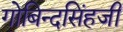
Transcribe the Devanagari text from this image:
गोबिन्दसिंहजी